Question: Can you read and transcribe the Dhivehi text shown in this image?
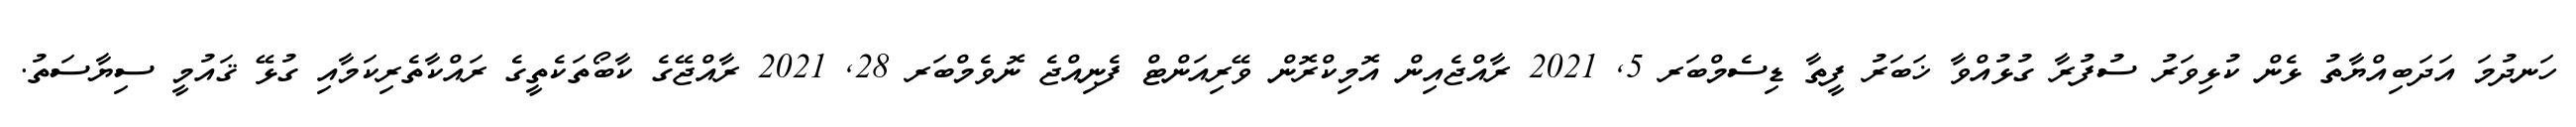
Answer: ހަނދުމަ އަދަބިއްޔާތު ޅެން ކުޅިވަރު ސުފުރާ ގުޅުއްވާ ޚަބަރު ފީތާ ޑިސެމްބަރ 5, 2021 ރާއްޖެއިން އޮމިކްރޮން ވޭރިއަންޓް ފެނިއްޖެ ނޮވެމްބަރ 28, 2021 ރާއްޖޭގެ ކާބޯތަކެތީގެ ރައްކާތެރިކަމާއި ގުޅޭ ޤައުމީ ސިޔާސަތު.